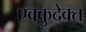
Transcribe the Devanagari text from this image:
एक्कुदेक्त